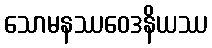
သောမနဿဝေဒနိယဿ